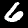
Label: 6